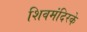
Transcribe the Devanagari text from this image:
शिवमंदिरके